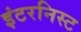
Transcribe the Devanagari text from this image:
इंटरनिस्ट